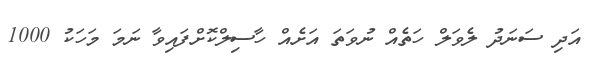
އަދި ސަނަދު ލެވަލް ހަތެއް ނުވަތަ އަށެއް ހާސިލްކޮށްފައިވާ ނަމަ މަހަކު 1000